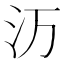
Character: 𬇕